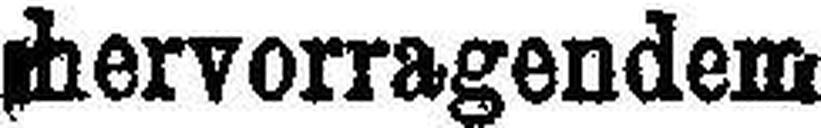
hervorragendem